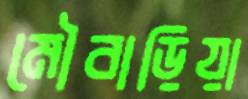
মৌবাড়িয়া